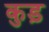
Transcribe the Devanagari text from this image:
कुड़